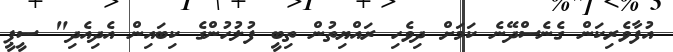
އުފާވެރިކަން ގެނެސްދޭނެ ކަމަށް ދިވެހި ރައްޔިތުން ތިބީ ފުލުހުންގެ ކިބައިން އެދިއެދި" ސީޕީ